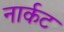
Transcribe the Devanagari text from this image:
नार्कट